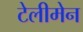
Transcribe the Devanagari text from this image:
टेलीमेन